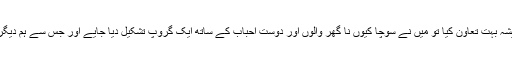
سسرال والوں نے ہمیشہ بہت تعاون کیا تو میں نے سوچا کیوں نا گھر والوں اور دوست احباب کے ساتھ ایک گروپ تشکیل دیا جایے اور جس سے ہم دیگر افراد کی مدد کریں۔